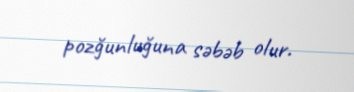
pozğunluğuna səbəb olur.